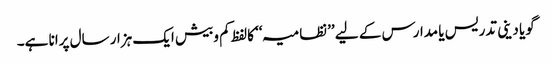
گویا دینی تدریس یا مدارس کے لیے ’’نظامیہ‘‘ کالفظ کم وبیش ایک ہزار سال پرانا ہے۔